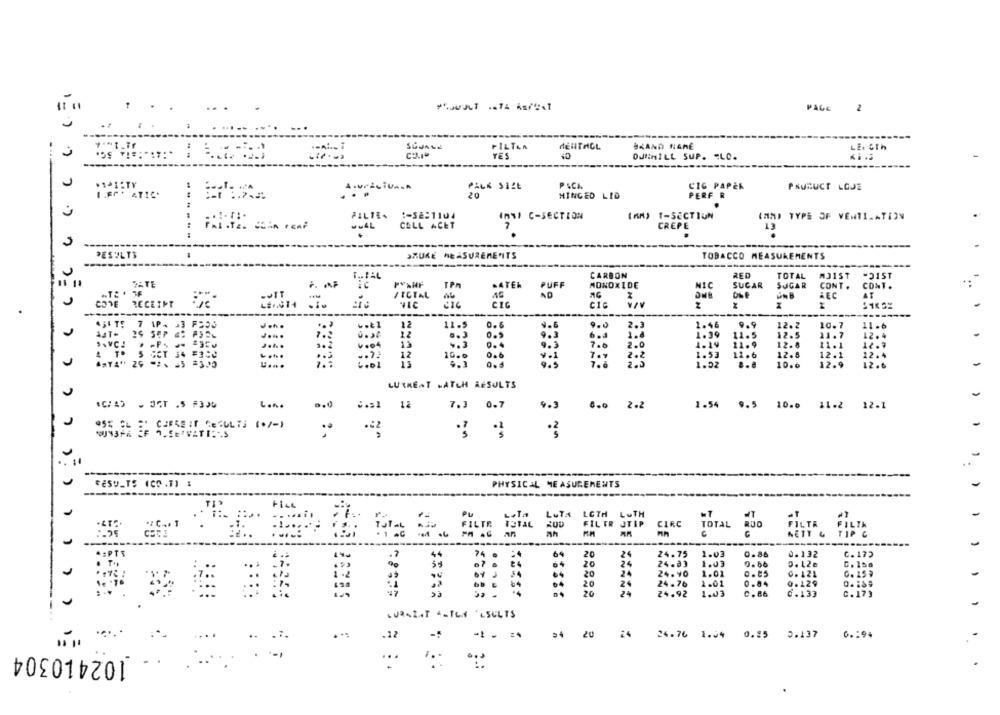
PAGc 2
FILTAA
HENTAICL
BRAND NAME
LE. &Th
TES
10
DUNHILL SUP. "LO.
PACK SIZE
CIG PAPER
PRUDUCT LOJE
I.FCt ATIC.
20
HINGED LID
PERF R
PILTE.
:- 52:1104
(AM) T-SECTION
InNI C-SECTION
(MM) TYPE OF VENTILATION
CELL ACET
7
CREPE
....
RESULTS
SRUKE MEASUREMENTS
TOBACCO MEASUREMENTS
------
T .. BAL
CARBON
TOTAL
MJIST
PYANF
TPn
.ATER
PUFF
MONOXIDE
SUCAR
SUGAR
CONT .
CONT.
SUIT
FICTAL
AEC
AT
COME RECEIPT
CIC
CIC
---
w.t1
12
11.5
0.6
9.6
9.0
2.3
1.44
9.9
12.2
10.7
11 .6
-...
12
9.3
1.39
11.5
12.5
11.7
12.4
.SVC!
13
0.4
9.3
7.0
1.4
1.19
11.9
12.8
11.1
12.9
4 TO
1 .04
4.3
5 CCT 34 #250
....
...
12
10.0
0.6
2.2
1.53
12.6
12.8
12.1
12.4
25 -2. 25 8310
11
9.3
0. 5
9.5
1.02
10.6
12.9
12.6
LUTKEAT .ATCH RESULTS
L ...
12
7.3 0.7
9.3
6.0 2.2
1.54 9.5 10.0 11.2 12.1
955 CL =' CIFRE IT RESULTS (0%)
RESULTS (CO.7) :
PHYSICAL MEASUREMENTS
LUTA
LCTH LUTH
FILTR JTIP
CARE
TOTAL 800
FILTH FILTH
NETT
.: PTS
64
20
24
24.75
1.03
0.86
0.132
C.175
20
0. 66
C. 158
20
24
24.83
24. 40
1.01
0. 121
20
24
24.76
1.01
0.84
0.129
20
24
24.92
1.03
C. 86
0.133
C. 173
LURAINTS-TES 'SULTS
...
.12
54
20
24
24.76 1.94 0.25 5.137
0 .: 94
.
102410304
...